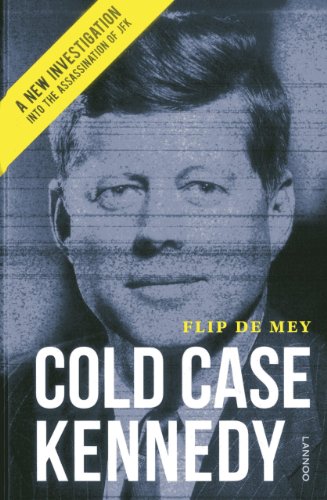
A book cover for Cold Case Kennedy: A New Investigation Into the Assassination of JFK; Flip de Mey; Biographies & Memoirs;